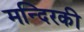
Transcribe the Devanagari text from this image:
मन्दिरकी